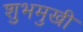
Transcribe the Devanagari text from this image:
शुभमुखी